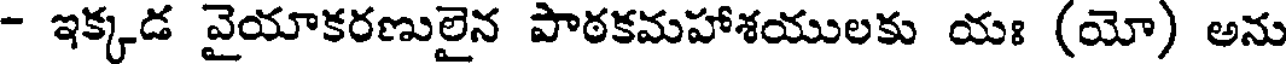
- ఇక్కడ వైయాకరణులైన పాఠకమహాశయులకు యః (యో) అను